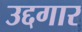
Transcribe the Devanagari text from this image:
उद्दगार